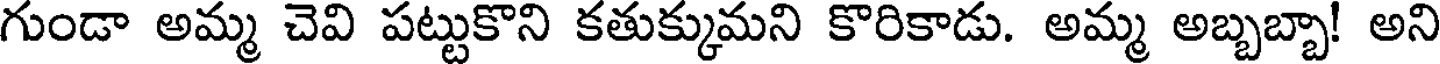
గుండా అమ్మ చెవి పట్టుకొని కతుక్కుమని కొరికాడు. అమ్మ అబ్బబ్బా! అని